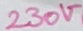
Text: 230V